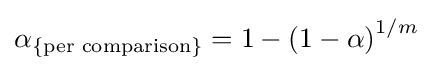
\alpha _{\{{\text{per comparison}}\}}=1-{(1-{\alpha })}^{1/m}